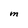
Character: M